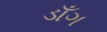
ડાઁગ